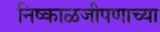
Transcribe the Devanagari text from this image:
निष्काळजीपणाच्या